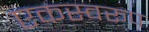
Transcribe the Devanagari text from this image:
एकस्वरूप